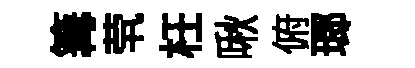
篝茕枉啾俯瑯